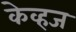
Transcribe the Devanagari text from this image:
केव्हज